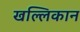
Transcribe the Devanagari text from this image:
खल्लिकान